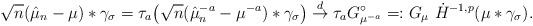
LaTeX: \begin{align*}\sqrt{n}(\hat{\mu}_n-\mu)*\gamma_{\sigma} = \tau_{a}\big (\sqrt{n}(\hat{\mu}_n^{-a}-\mu^{-a})*\gamma_{\sigma} \big) \stackrel{d}{\to} \tau_aG^{\circ}_{\mu^{-a}}=:G_{\mu} \ \dot{H}^{-1,p}(\mu*\gamma_{\sigma}).\end{align*}